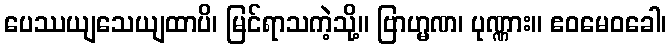
ပေဿယျသေယျထာပိ၊ မြင်ရာသကဲ့သို့။ ဗြာဟ္မဏ၊ ပုဏ္ဏား။ ဧဝမေဝခေါ၊